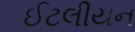
ઈટલીયન